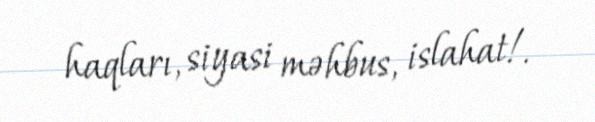
haqları, siyasi məhbus, islahat!.